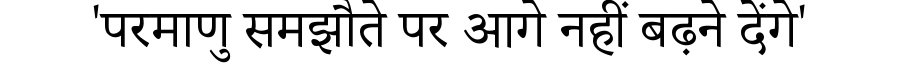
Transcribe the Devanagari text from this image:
'परमाणु समझौते पर आगे नहीं बढ़ने देंगे'